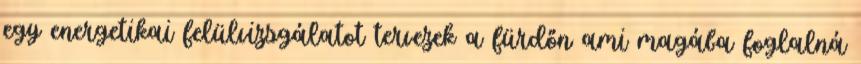
egy energetikai felülvizsgálatot tervezek a fürdőn ami magába foglalná